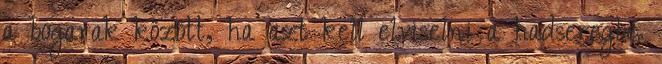
a bogarak között, ha azt kell elviselni a hadseregbe.